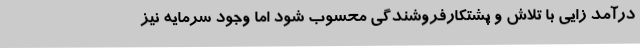
درآمد زایی با تلاش و پشتکارفروشندگی محسوب شود اما وجود سرمایه نیز